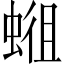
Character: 𱿭